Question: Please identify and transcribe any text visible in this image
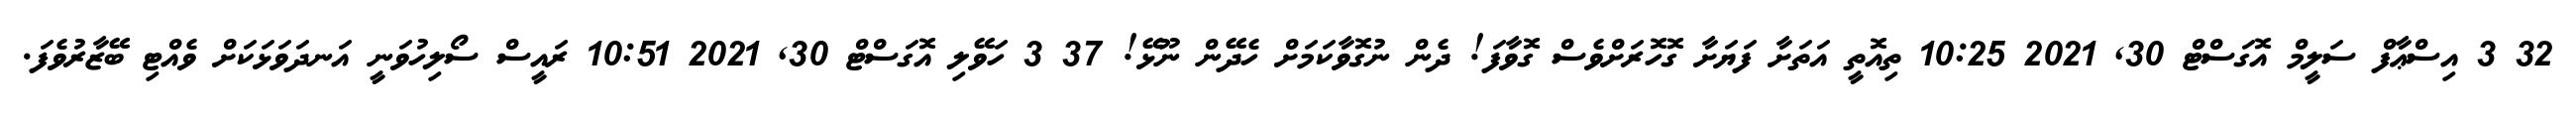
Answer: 32 3 އިސްޢާފް ސަލީމް އޮގަސްޓް 30, 2021 10:25 ތިއޮތީ އަތަށާ ފަޔަށާ ގޮހޮރަށްވެސް ގޮވާފަ! ދެން ނުގޮވާކަމަށް ހެދޭން ނޫޅޭ! 37 3 ހަވޭލި އޮގަސްޓް 30, 2021 10:51 ރައީސް ސޯލިހުވަނީ އަނދަވަޅަކަށް ވެއްޓި ބޭޒާރުވެފަ.